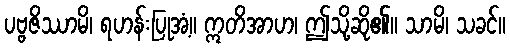
ပဗ္ဗဇိဿာမိ၊ ရဟန်းပြုအံ့။ ဣတိအာဟ၊ ဤသို့ဆို၏။ သာမိ၊ သခင်။